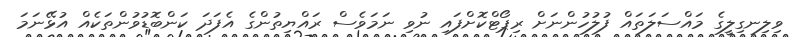
ވިލިނގިލީގެ މައްސަލަތައް ފުލުހުންނަށް ރިޕޯޓްކޮށްފައި ނުވި ނަމަވެސް ރައްޔިތުންގެ އެފަދަ ކަންބޮޑުވުންތަކެއް އުޅޭނަމަ